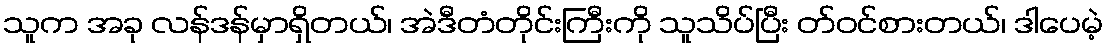
သူက အခု လန်ဒန်မှာရှိတယ်၊ အဲဒီတံတိုင်းကြီးကို သူသိပ်ပြီး တ်ဝင်စားတယ်၊ ဒါပေမဲ့